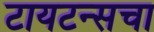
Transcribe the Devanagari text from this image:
टायटन्सचा